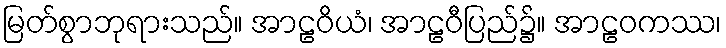
မြတ်စွာဘုရားသည်။ အာဠဝိယံ၊ အာဠဝီပြည်၌။ အာဠဝကဿ၊